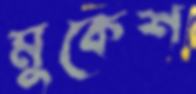
মুকেশ